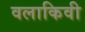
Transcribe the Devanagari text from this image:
वलाकिवी